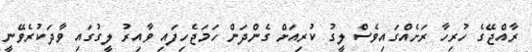
ރާއްޖޭގެ ހުރިހާ ރަށެއްގައިވެސް ލީގު ކުރިއަށް ގެންދަން ހަމަޖެހިފައި ވާއިރު ލީގުގައި ވާދަކުރެވޭނީ